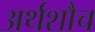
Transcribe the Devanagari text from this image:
अर्थशौच